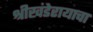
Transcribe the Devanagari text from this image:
श्रीखंडेरायाचा